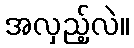
အလှည့်လဲ။